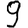
Digit: 9